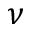
\nu